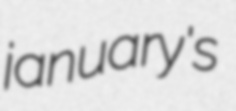
january's